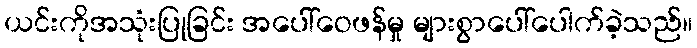
ယင်းကိုအသုံးပြုခြင်း အပေါ်ဝေဖန်မှု များစွာပေါ်ပေါက်ခဲ့သည်။